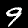
Digit: 9